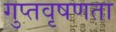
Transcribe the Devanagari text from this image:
गुप्‍तवृषणता